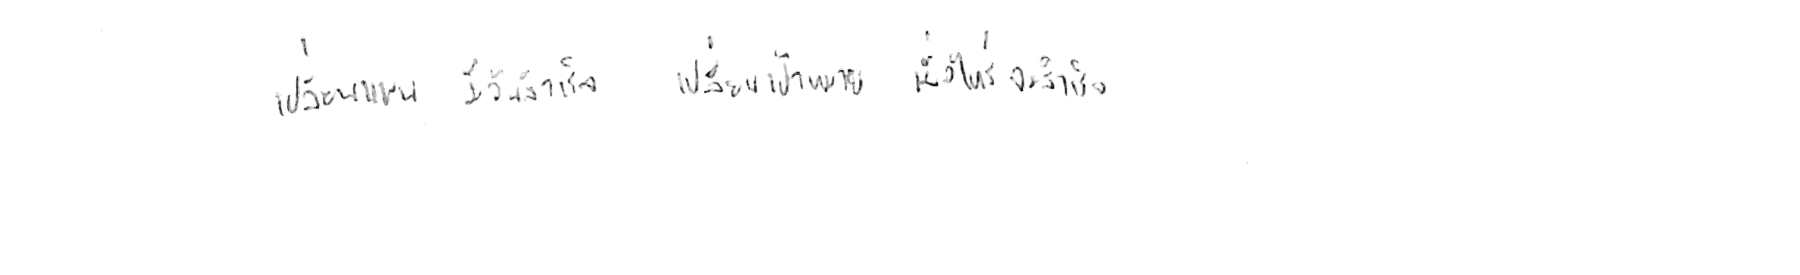
เปลี่ยนแผน มีวันสำเร็จได้ เปลี่ยนเป้าหมาย เมื่อไหร่จะสำเร็จ